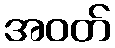
အဝတ်